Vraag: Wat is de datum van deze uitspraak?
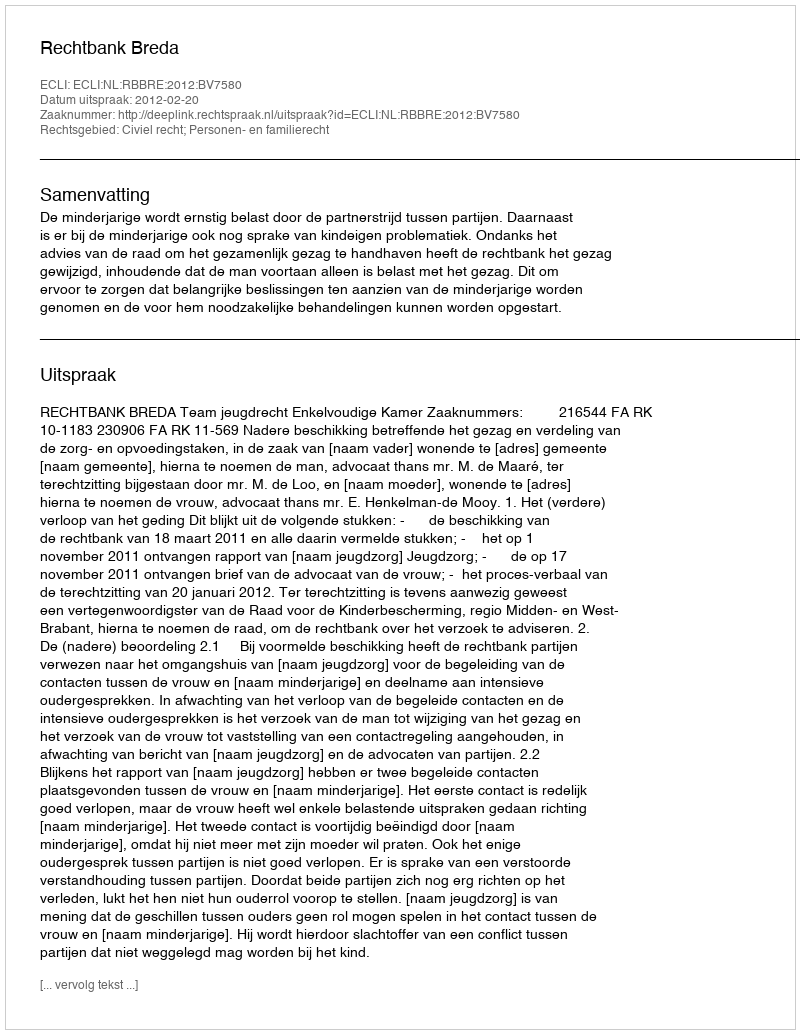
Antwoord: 2012-02-20